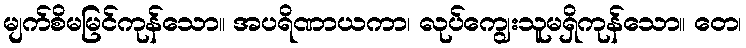
မျက်စိမမြင်ကုန်သော။ အပရိဏာယကာ၊ လုပ်ကျွေးသူမရှိကုန်သော။ တေ၊